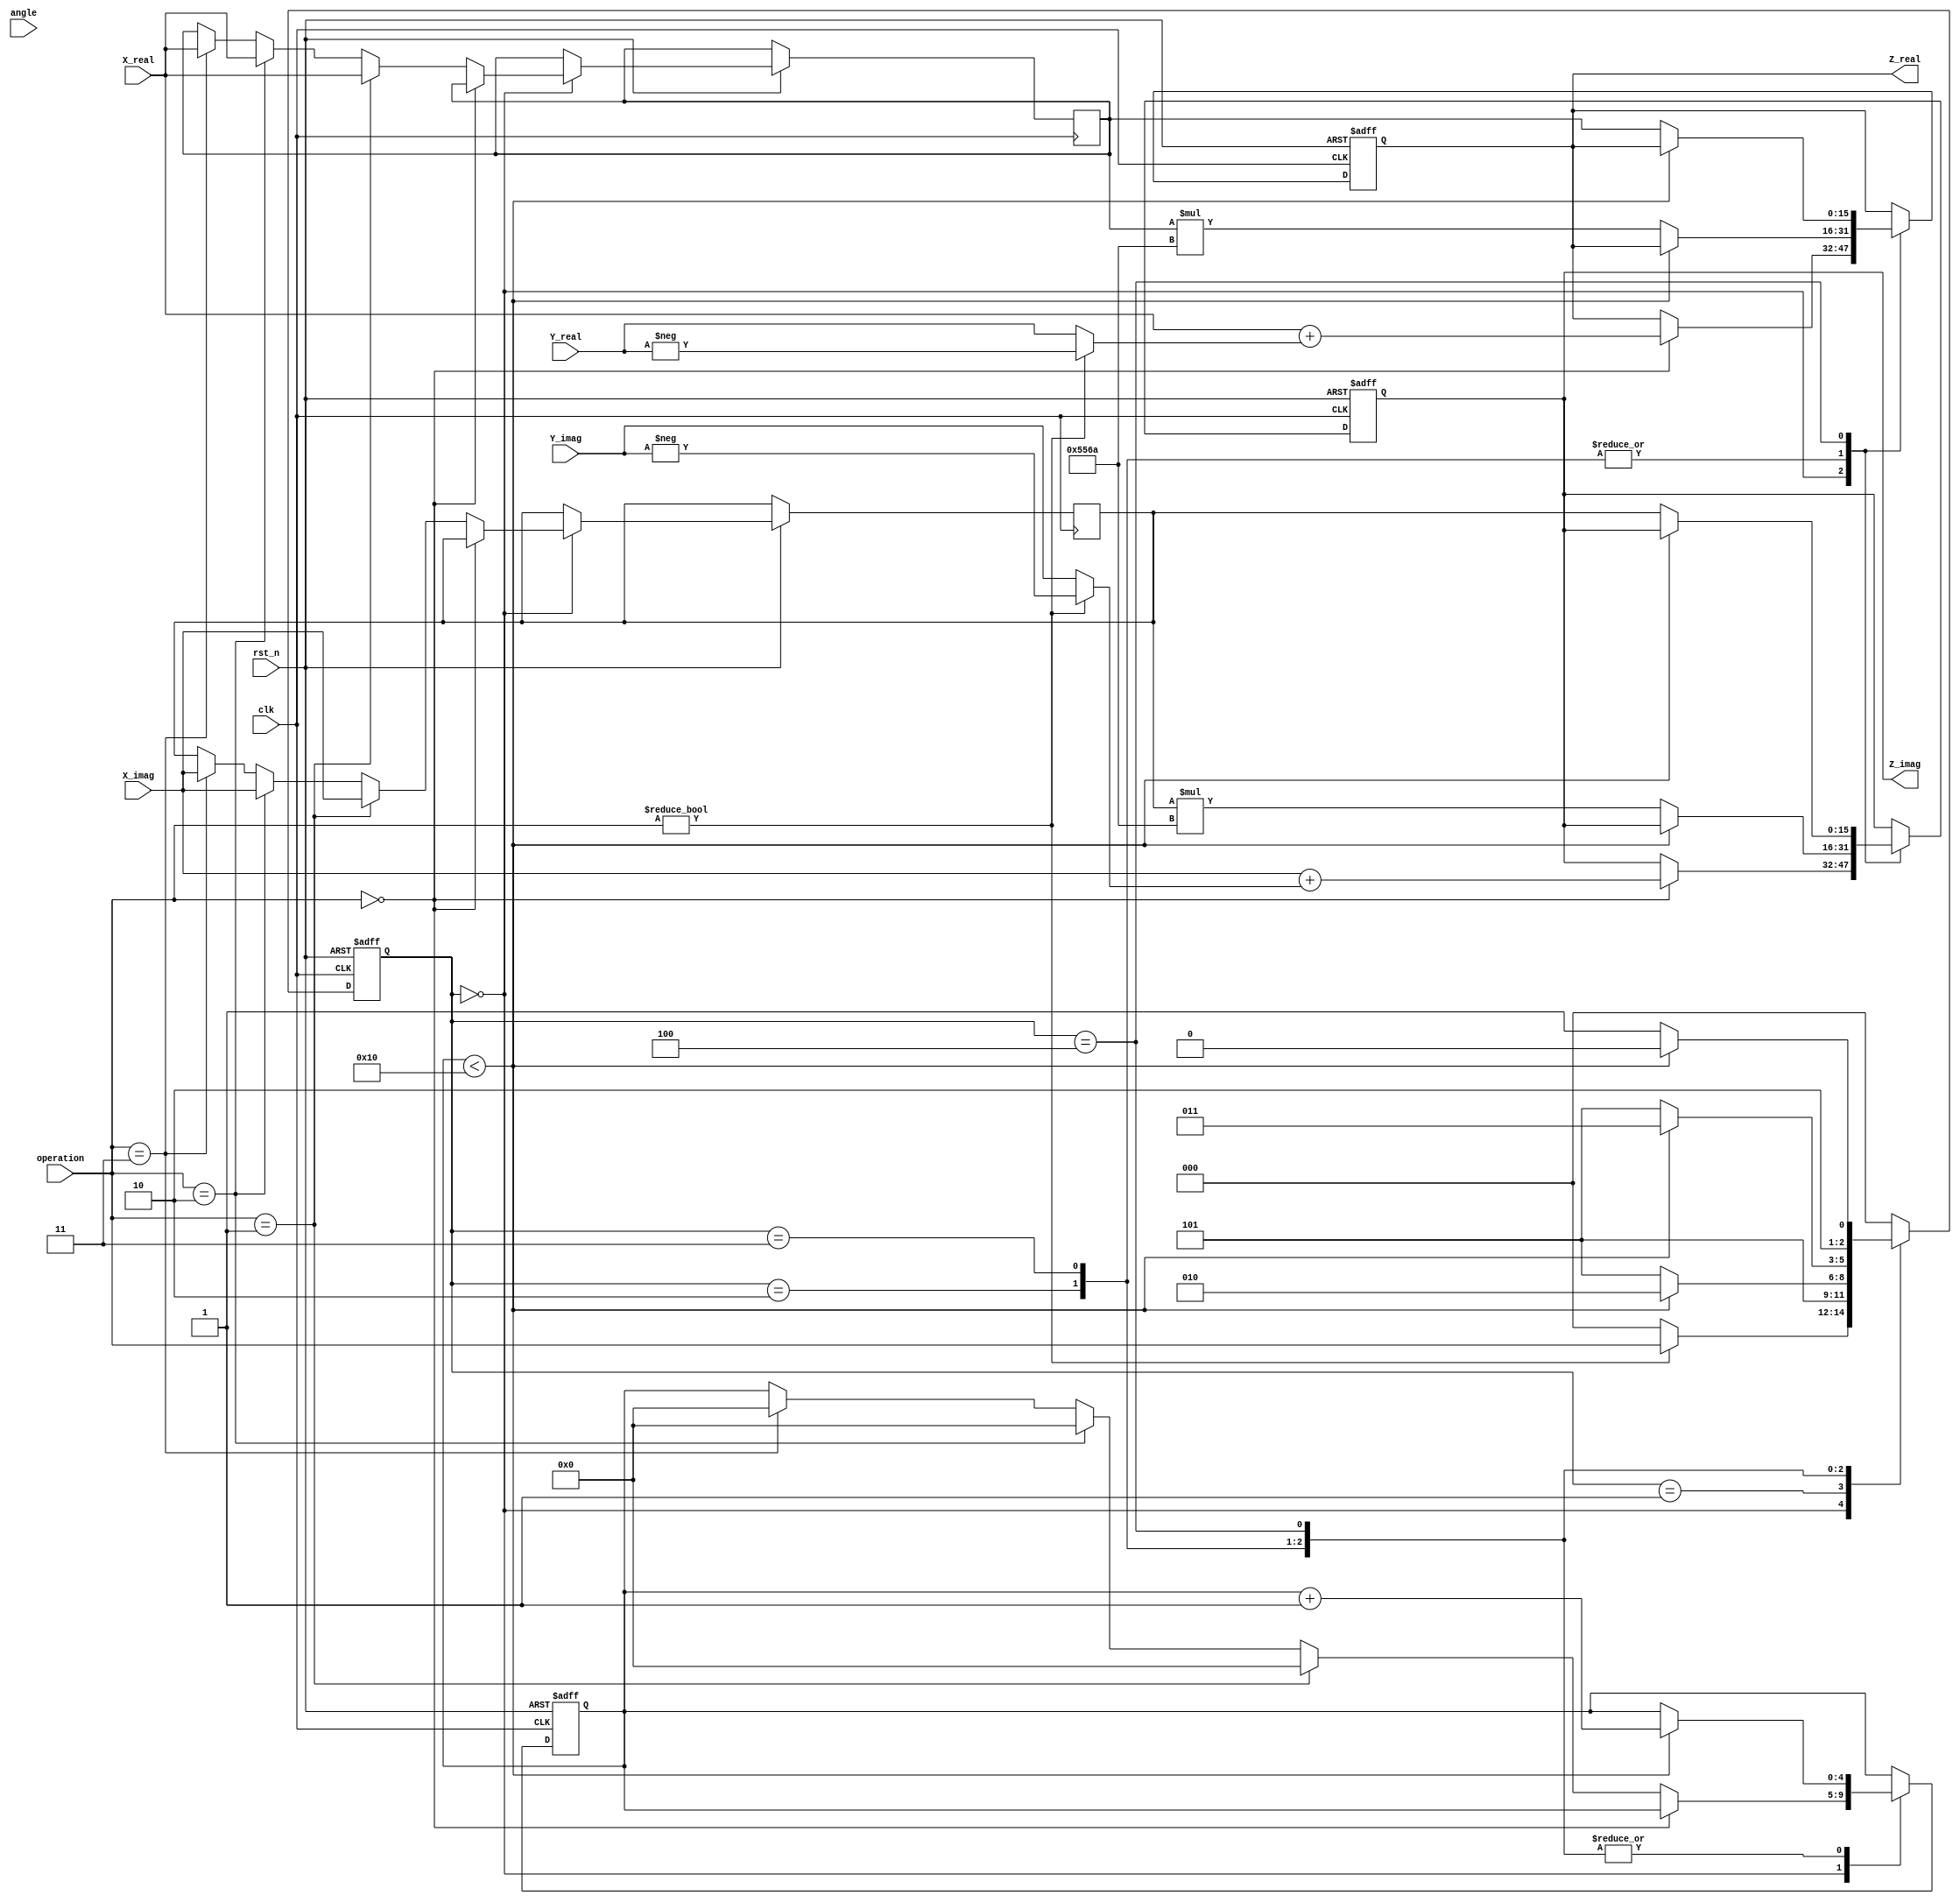
module complex_cordic (
    input wire signed [15:0] X_real,     // Real part of first complex number
    input wire signed [15:0] X_imag,     // Imaginary part of first complex number
    input wire signed [15:0] Y_real,     // Real part of second complex number
    input wire signed [15:0] Y_imag,     // Imaginary part of second complex number
    input wire [2:0] operation,          // Control signal for the operation
    input wire [15:0] angle,              // Input angle for rotation in radians
    input wire clk,                       // Clock signal
    input wire rst_n,                     // Asynchronous reset (active low)
    output reg signed [15:0] Z_real,     // Real part of the result
    output reg signed [15:0] Z_imag       // Imaginary part of the result
);
  
    // Parameters
    parameter NUM_ITERATIONS = 16;
    parameter signed [15:0] K = 16'hD56A; // Scaling factor (K = 1/2^N for N iterations)
  
    // State definitions for FSM
    reg [2:0] state, next_state;
    localparam IDLE         = 3'b000;
    localparam ADD_SUB      = 3'b001;
    localparam MULTIPLY     = 3'b010;
    localparam DIVIDE       = 3'b011;
    localparam ROTATE       = 3'b100;
    localparam DONE         = 3'b101;
  
    // CORDIC variables
    reg signed [15:0] x, y, z;
    reg [4:0] iter; // iteration counter
  
    // CORDIC angle table (for simplicity, use decoded angles)
    reg signed [15:0] angle_table [0:NUM_ITERATIONS-1];
  
    // Initialize angle table (e.g., arctan(2^-i))
    initial begin
        angle_table[0] = 16'h26B2; // atan(2^0)
        angle_table[1] = 16'h1B77; // atan(2^-1)
        // ... Fill in remaining arctan values here ...
        angle_table[NUM_ITERATIONS-1] = 16'h0; // atan(2^-N) = 0
    end
  
    // FSM State Transition
    always @(posedge clk or negedge rst_n) begin
        if (!rst_n) begin
            state <= IDLE;
        end else begin
            state <= next_state;
        end
    end
  
    // FSM Next State Logic
    always @(*) begin
        case (state)
            IDLE:     next_state = (operation != 3'b000) ? operation : IDLE;
            ADD_SUB:  next_state = DONE;
            MULTIPLY: next_state = (iter < NUM_ITERATIONS) ? MULTIPLY : DONE;
            DIVIDE:   next_state = (iter < NUM_ITERATIONS) ? DIVIDE : DONE;
            ROTATE:   next_state = (iter < NUM_ITERATIONS) ? ROTATE : DONE;
            DONE:     next_state = IDLE;
            default:  next_state = IDLE;
        endcase
    end

    // Processing logic
    always @(posedge clk or negedge rst_n) begin
        if (!rst_n) begin
            Z_real <= 16'b0;
            Z_imag <= 16'b0;
            iter <= 0;
        end else begin
            case (state)
                IDLE: begin
                    if (operation == 3'b000) begin // Add/Subtract
                        Z_real <= X_real + (operation ? -Y_real : Y_real);
                        Z_imag <= X_imag + (operation ? -Y_imag : Y_imag);
                    end else if (operation == 3'b001) begin // Multiply
                        x <= X_real;
                        y <= X_imag;
                        z <= angle; // Load angle
                        iter <= 0;
                    end else if (operation == 3'b010) begin // Divide
                        // Initialization for divide
                        x <= X_real;
                        y <= X_imag;
                        z <= angle;
                        iter <= 0;
                    end else if (operation == 3'b011) begin // Rotate
                        x <= X_real;
                        y <= X_imag;
                        z <= angle;
                        iter <= 0;
                    end
                end

                MULTIPLY: begin
                    // CORDIC multiplication logic
                    // Implement CORDIC iterations for multiplication
                    
                    // Using placeholder for iteration logic
                    if (iter < NUM_ITERATIONS) begin
                        // Update x, y, z based on CORDIC step (e.g., rotation)
                        iter <= iter + 1;
                    end else begin
                        Z_real <= x * K; // Apply scaling
                        Z_imag <= y * K; // Apply scaling
                    end
                end

                DIVIDE: begin
                    // CORDIC division logic
                    // Implement CORDIC iterations for division
                    
                    if (iter < NUM_ITERATIONS) begin
                        // Update x, y, z based on CORDIC step
                        iter <= iter + 1;
                    end else begin
                        Z_real <= x * K; // Apply scaling
                        Z_imag <= y * K; // Apply scaling
                    end
                end

                ROTATE: begin
                    // CORDIC rotation logic
                    if (iter < NUM_ITERATIONS) begin
                        // Update x, y, z based on CORDIC step
                        iter <= iter + 1;
                    end else begin
                        Z_real <= x; // No additional scaling needed
                        Z_imag <= y; // No additional scaling needed
                    end
                end
                
                DONE: begin
                    // Optionally handle completion state
                end
            endcase
        end
    end

endmodule